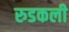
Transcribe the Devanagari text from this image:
रुडकली